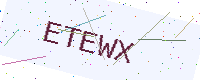
Text: ETEWX